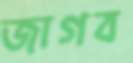
জাগব